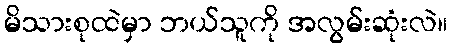
မိသားစုထဲမှာ ဘယ်သူကို အလွမ်းဆုံးလဲ။